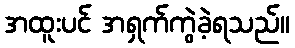
အထူးပင် အရှက်ကွဲခဲ့ရသည်။